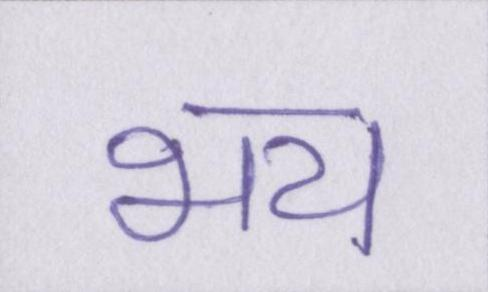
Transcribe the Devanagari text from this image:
भय